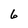
Character: 6